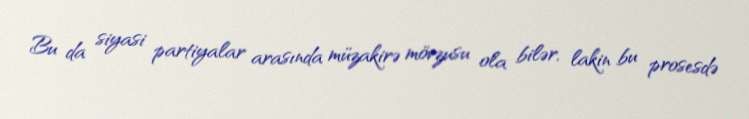
Bu da siyasi partiyalar arasında müzakirə mövzusu ola bilər, lakin bu prosesdə